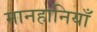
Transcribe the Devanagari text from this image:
मानहानियाँ